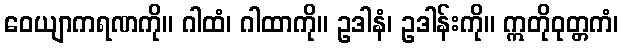
ဝေယျာကရဏကို။ ဂါထံ၊ ဂါထာကို။ ဥဒါနံ၊ ဥဒါန်းကို။ ဣတိုဝုတ္တကံ၊